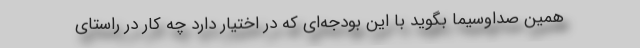
همین صداوسیما بگوید با این بودجه‌ای که در اختیار دارد چه کار در راستای